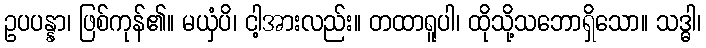
ဥပပန္နာ၊ ဖြစ်ကုန်၏။ မယှံပိ၊ ငါ့အားလည်း။ တထာရူပါ၊ ထိုသို့သဘောရှိသော။ သဒ္ဓါ၊